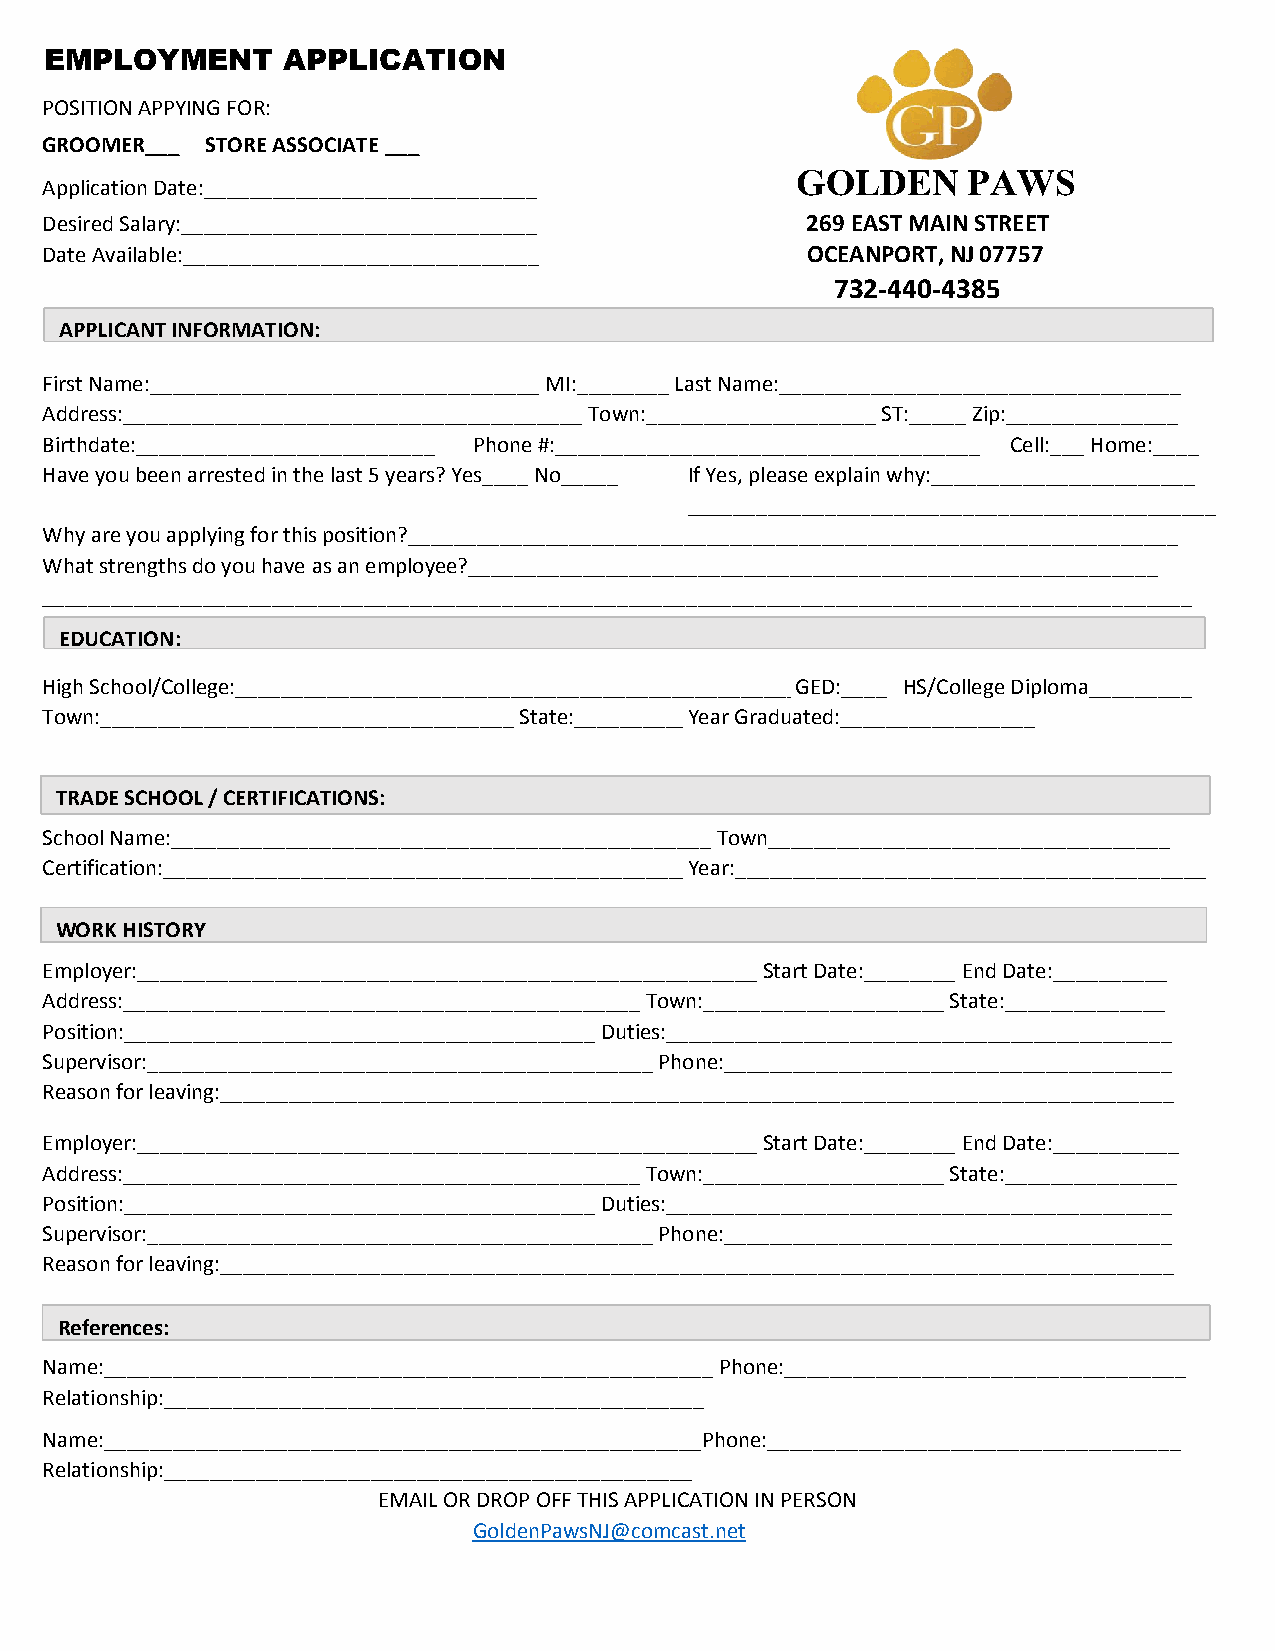
EMPLOYMENT      APPLICATION
 POSITION APPYING FOR:
 GROOMER___ STORE ASSOCIATE ___
 GOLDEN     PAWS
 Application Date:_____________________________
 Desired Salary:_______________________________    269 EAST MAIN STREET
 Date Available:_______________________________    OCEANPORT, NJ 07757
 732-440-4385
 APPLICANT INFORMATION:
 First Name:__________________________________ MI:________ Last Name:___________________________________
 Address:________________________________________ Town:____________________ ST:_____ Zip:_______________
 Birthdate:__________________________ Phone #:_____________________________________ Cell:___ Home:____
 Have you been arrested in the last 5 years? Yes____ No_____ If Yes, please explain why:_______________________
 ______________________________________________
 Why are you applying for this position?___________________________________________________________________
 What strengths do you have as an employee?____________________________________________________________
 ____________________________________________________________________________________________________
 EDUCATION:
 High School/College:_________________________________________________G_E GDE:D__:_____HHSS D/Cipollolemgea: D__ip_l_oma_________
 Town:____________________________________ State:__________Y_ear Graduated:_________________
 TRADE SCHOOL/ CERTIFICATIONS:
 School Name:_______________________________________________ Town___________________________________
 Certification:______________________________________________Y_e_a_r:_________________________________________
 WORK HISTORY
 Employer:______________________________________________________ Start Date:________ End Date:__________
 Address:_____________________________________________ Town:_____________________ State:______________
 Position:_________________________________________ Duties:____________________________________________
 Supervisor:____________________________________________ Phone:_______________________________________
 Reason for leaving:___________________________________________________________________________________
 Employer:______________________________________________________ Start Date:________ End Date:___________
 Address:_____________________________________________ Town:_____________________ State:_______________
 Position:_________________________________________ Duties:____________________________________________
 Supervisor:____________________________________________ Phone:_______________________________________
 Reason for leaving:___________________________________________________________________________________
 References:
 Name:_____________________________________________________ Phone:___________________________________
 Relationship:_______________________________________________
 Name:____________________________________________________Phone:____________________________________
 Relationship:______________________________________________
 EMAIL OR DROP OFF THIS APPLICATION IN PERSON
 GoldenPawsNJ@comcast.net